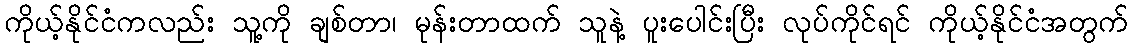
ကိုယ့်နိုင်ငံကလည်း သူ့ကို ချစ်တာ၊ မုန်းတာထက် သူနဲ့ ပူးပေါင်းပြီး လုပ်ကိုင်ရင် ကိုယ့်နိုင်ငံအတွက်